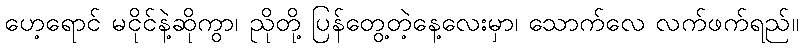
ဟေ့ရောင် မငိုင်နဲ့ဆိုကွာ၊ ညိုတို့ ပြန်တွေ့တဲ့နေ့လေးမှာ၊ သောက်လေ လက်ဖက်ရည်။